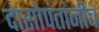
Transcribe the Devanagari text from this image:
दासोपंतांनीच